Lunatic asylums Madras 1892-1911 - 1892-1911
Year: 1892
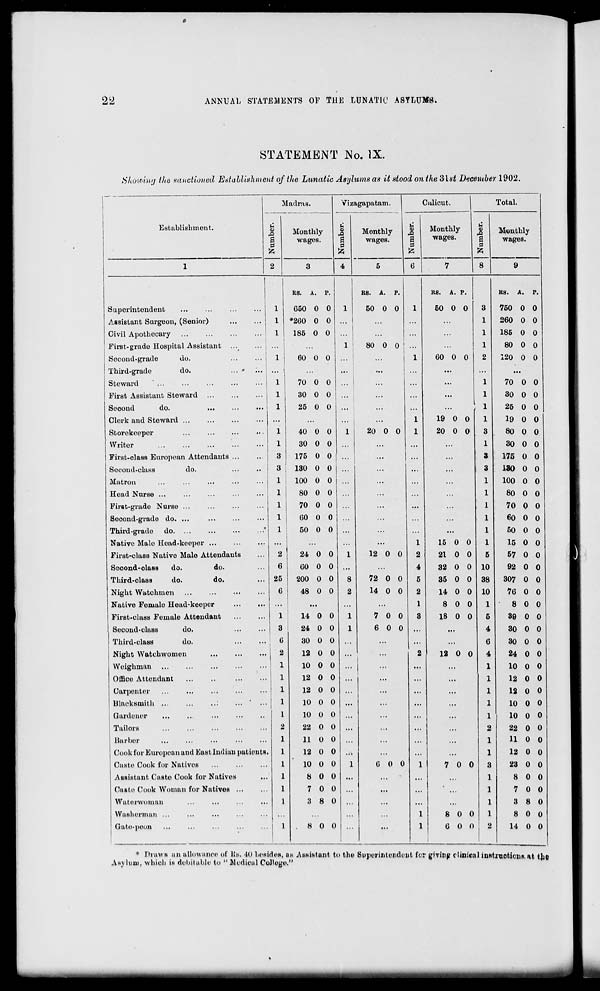
22
ANNUAL STATEMENTS OF THE LUNATIC ASYLUMS.
STATEMENT No. IX.
Shoioing the sanctioned Establishment of the Lunatic Asylums as it stood on the 31st December 1902.
Establishment.
Madras.
Vizagapatam.
Calicut.
Total.
|
2
Monthly
wages.
Number.
Monthly
wages.
6 8
.a
s
Monthly
wages.
u
3
A
a
Monthly
wages.
1
3
4
5
6
7
8
9
RS. A. P.
RS. A. P.
RS.
A. P.
RS.
A. P.
Superintendent
1
650 0 0
1
50 0 0
1
50 0 0
3
750 0 0
Assistant Surgeon, (Senior)
1 *260 0 0 ...
...
...
1
260 0 0
Civil Apothecary
...
1
185 0 0 ...
...
...
1
185 0 0
First-grade Hospital Assistant ...
... '" ;
1 1
i
80 0 0 |
1
80 0 0
Second-grade
do.
...
...
1
60 0 0
1
60 0 0
2
120 0 0
Third-grade
do.
...» ;.. ...
...
...
...
...
...
...
...
Steward
...
1
70 0 0 ...
...
...
...
1
70 0 0
First Assistant Steward
1
30 0 0 ...
...
...
1
30 0 0
Seoond
do.
1
25 0 0 ...
...
1
25 0 0
Clerk and Steward
...
...
...
...
1
19 0 0
1
19 0 0
Storekeeper
1
40 0 0
1
20 0 0
1
20 0 0
3
80 0 0
Writer
1
30 0 0 ...
...
...
...
1
30 0 0
First-class European Attendants ...
3
175 0 0 j ...
...
...
...
3
175 0 0
Second-class
do.
3 1 130 0 0 ...
...
...
...
3
130 0 0
Matron
1
100 0 0 j
...
...
...
1
100 0 0
Head Nurse ...
l ; 80 0 0
...
...
1
80 0 0
First-grade Nurse ...
I
70 0 0
...
...
...
1
70 0 0
Socond-grade do. ...
I
60 0 0 ...
...
...
1
60 0 0
Third-grade do
' I
50 0 0 ...
...
...
...
1
50 0 0
Native Male Head-keeper ...
...
...
...
1
15 0 0
1
15 0 0
First-class Native Male Attendants
2
24 0 0
1
12 0 0
2
21 0 0
5
57 0 0
Second-class
do.
do.
6
60 0 0 ...
...
4
32 0 0 10
92 0 0
Third-olass
do.
do.
25
200 0 0
8
72 0 0
5
35 0 0 38
307 0 0
Night Watchmen
6
48 0 0
2
14 0 0
2
14 0 0 10
76 0 0
Native Ferualo Head-keeper
...
...
...
...
1
8 0 0
1
8 0 0
First-class Female Attendant
1
14 0 0
1
7 0 0
3
18 0 0
5
39 0 0
Second-class
do.
3
24 0 0
1
6 0 0 ...
...
4
30 0 0
i Third-class
do.
6
30 0 0 ...
...
'*'
...
6
30 0 0
Night Watchwomon
2
12 0 0 ...
...
2
12 0 0
4
24 0 0
Weighman
1
10 0 0 ...
...
...
...
10 0 0
Offico Attendant
i
12 0 0 ...
...
...
...
12 0 0
Carpenter
1
12 0 0 ...
...
...
...
12 0 0
lllacksniitli ...
1
10 0 0 ...
...
...
...
10 0 0
Gardener
1
10 0 0 ...
...
10 0 o
Tailors
2
22 0 0 ...
...
...
...
22 0 0
Barber
1
11 0 0 ...
...
...
11 0 0
Cook for European and Eastlnclian patients.
1
12 0 0 ...
...
12 0 0
Custe Cook for Natives
1
10 0 0
1
GOO
1
7 0 0
23 0 0
Assistunt Caste Cook for Natives
1
8 0 0 ...
...
...
8 0 0
Caste Cook Woman for Natives ...
1
7 0 0 ...
...
7 0 0
Waterwoman
1
3 8 0 ...
...
...
3 8 0
Washerman ...
...
...
...
1
8 0 0
8 0 0
Gate-peon
1
.800 ...
...
1
6 0 Q
2
14 0 0
* Draws an allowance of Us. 10 hosides, as Assistant to the Superintendent for giving clinical instructions, at the
As\ luni, which is debit able to " Medical Collogo."